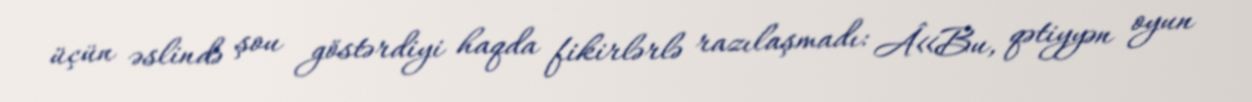
üçün əslində şou göstərdiyi haqda fikirlərlə razılaşmadı: Â«Bu, qətiyyən oyun